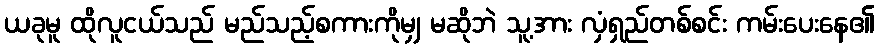
ယခုမူ ထိုလူငယ်သည် မည်သည့်စကားကိုမျှ မဆိုဘဲ သူ့အား လှံရှည်တစ်စင်း ကမ်းပေးနေ၏